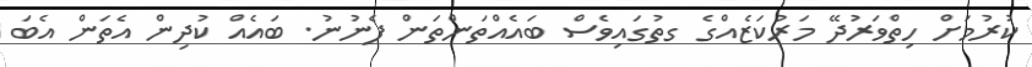
ކުރުމަށް ހިތްވަރުދޭ މަރުކަޒެއްގެ ގތުގައިވެސް ބައެއްތަންތަން ފެނުނު. ބައެއް ކުދިން އެތަން އެބަ